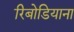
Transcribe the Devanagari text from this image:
रिबोडियाना